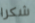
شكرا